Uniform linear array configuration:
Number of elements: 24
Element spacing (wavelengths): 0.25
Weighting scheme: blackman
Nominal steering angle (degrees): -60
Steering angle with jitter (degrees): -60.942
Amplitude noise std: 0.05
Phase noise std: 0.05

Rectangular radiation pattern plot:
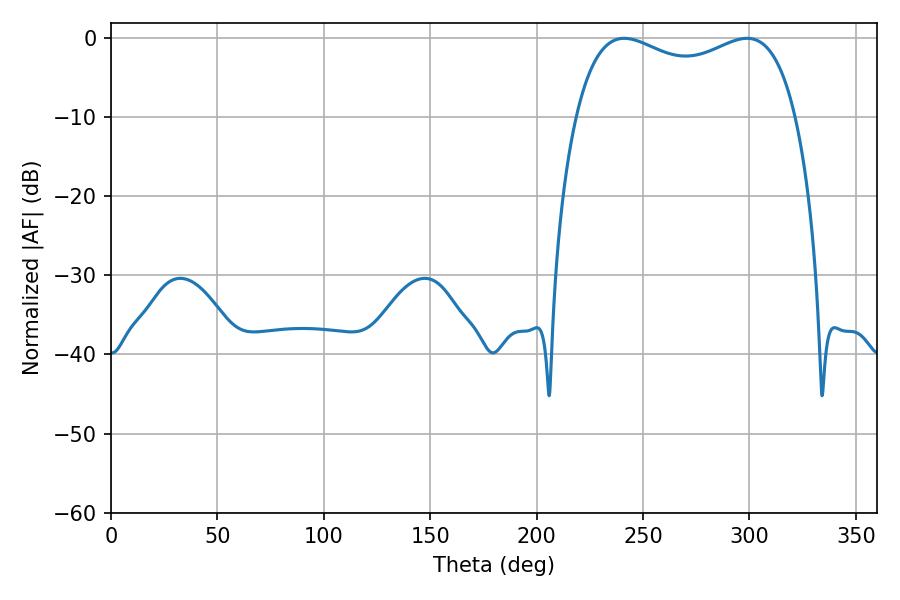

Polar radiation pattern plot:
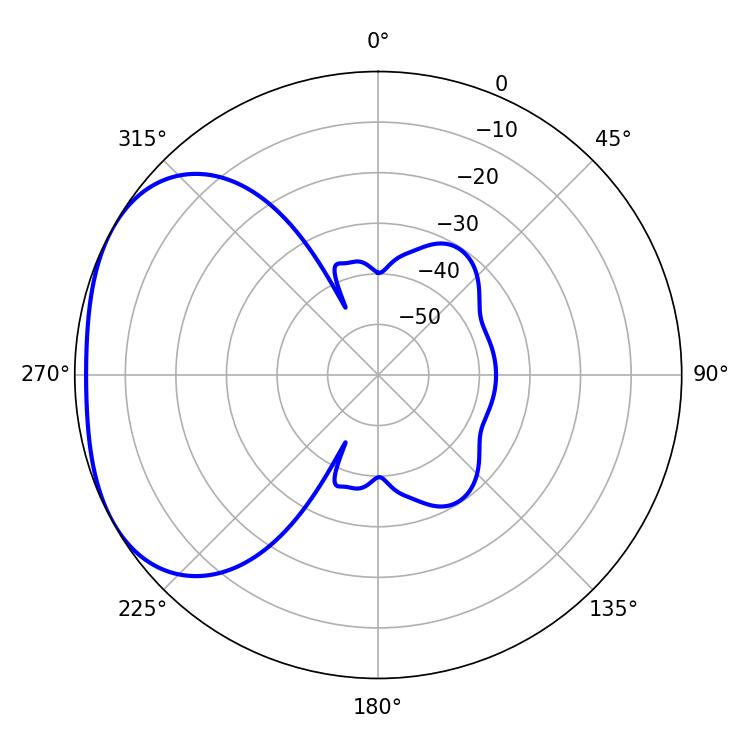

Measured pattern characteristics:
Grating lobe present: FALSE
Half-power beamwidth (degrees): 85.68
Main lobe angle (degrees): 241.2